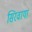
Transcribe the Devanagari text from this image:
सिरवाया